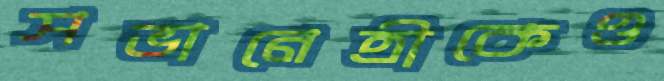
সভানেত্রীকেও